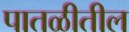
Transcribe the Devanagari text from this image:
पातळीतील